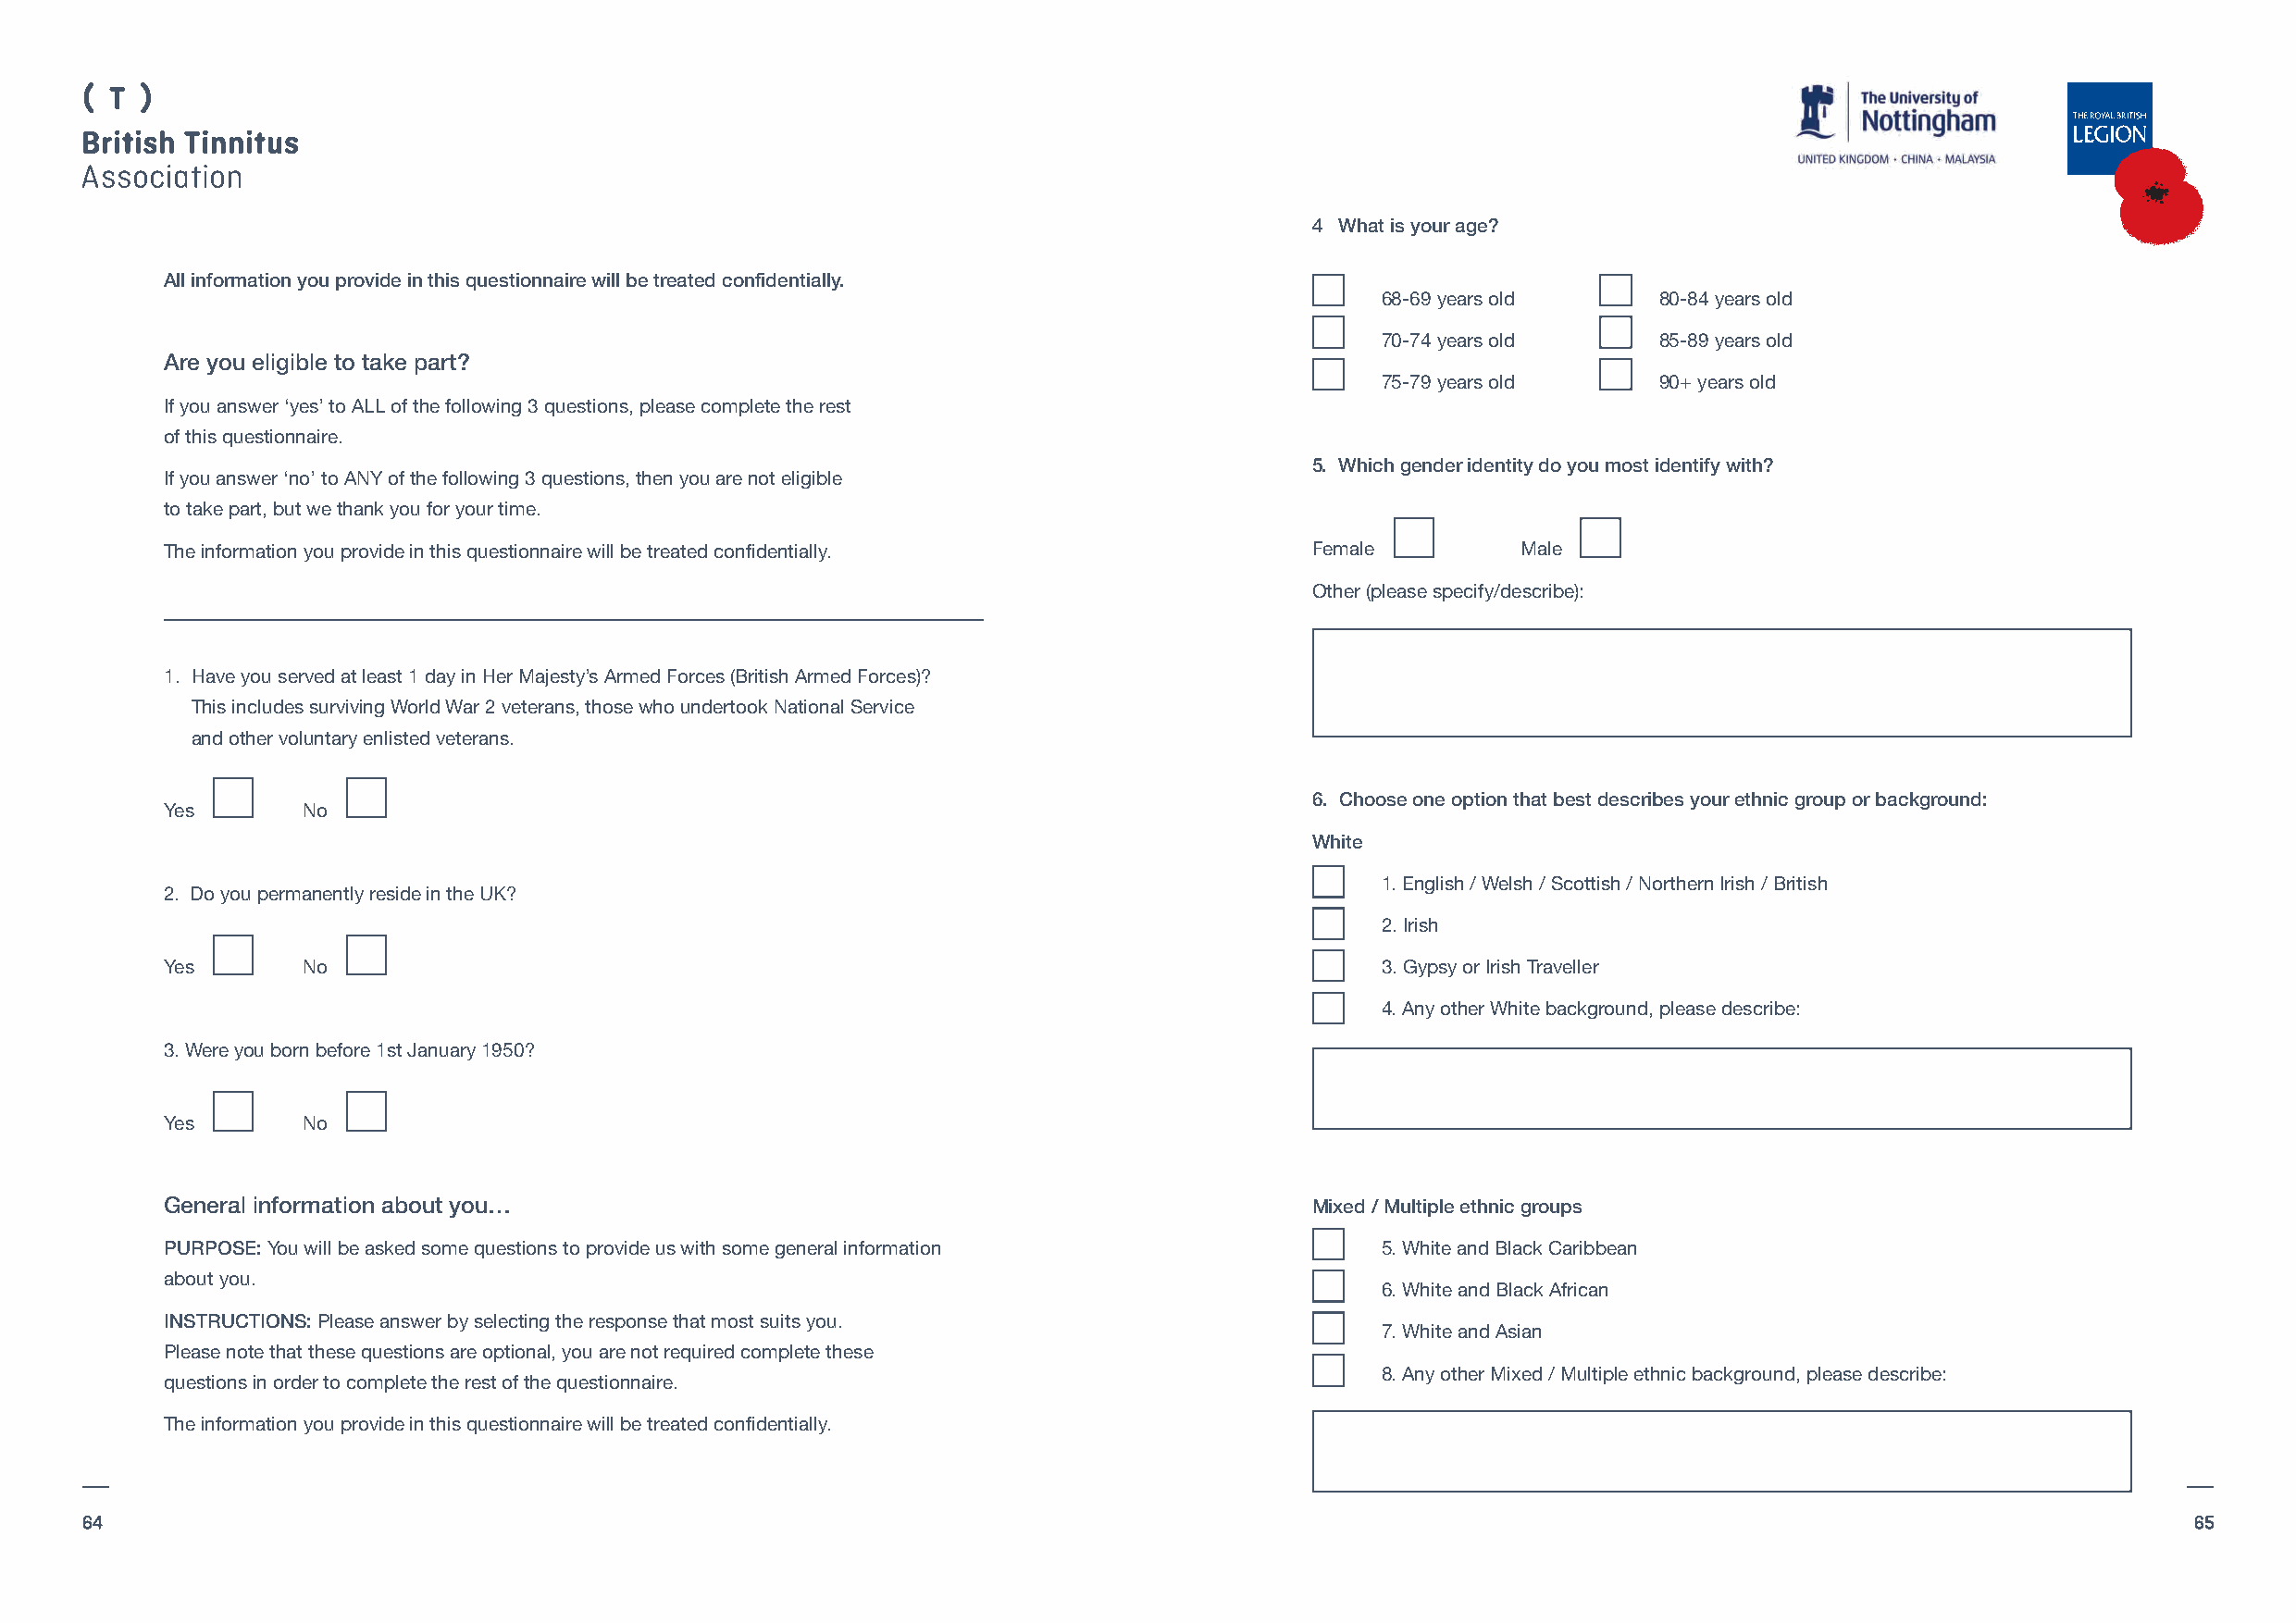
4 What is your age?
 All information you provide in this questionnaire will be treated confidentially.
 68-69 years old     80-84 years old
 70-74 years old     85-89 years old
 Are you eligible to take part?
 75-79 years old     90+ years old
 If you answer ‘yes’ to ALL of the following 3 questions, please complete the rest
 of this questionnaire.
 5. Which gender identity do you most identify with?
 If you answer ‘no’ to ANY of the following 3 questions, then you are not eligible
 to take part, but we thank you for your time.
 The information you provide in this questionnaire will be treated confidentially. Female         Male
 Other (please specify/describe):
 1. Have you served at least 1 day in Her Majesty’s Armed Forces (British Armed Forces)?
 This includes surviving World War 2 veterans, those who undertook National Service
 and other voluntary enlisted veterans.
 6. Choose one option that best describes your ethnic group or background:
 Yes       No
 White
 1. English / Welsh / Scottish / Northern Irish / British
 2. Do you permanently reside in the UK?
 2. Irish
 Yes       No                                                                           3. Gypsy or Irish Traveller
 4. Any other White background, please describe:
 3. Were you born before 1st January 1950?
 Yes       No
 General information about you…                                                    Mixed / Multiple ethnic groups
 PURPOSE:You will be asked some questions to provide us with some general information   5. White and Black Caribbean
 about you.
 6. White and Black African
 INSTRUCTIONS:Please answer by selecting the response that most suits you.
 7. White and Asian
 Please note that these questions are optional, you are not required complete these
 8. Any other Mixed / Multiple ethnic background, please describe:
 questions in order to complete the rest of the questionnaire.
 The information you provide in this questionnaire will be treated confidentially.
 64                                                                                                                                                     65